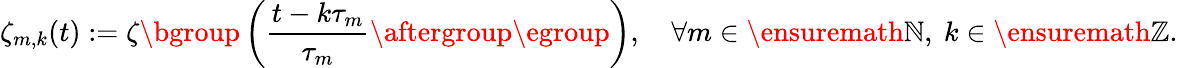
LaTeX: \zeta_{m,k}(t):=\zeta\mathopen{}\mathclose\bgroup\left(\frac{t-k\tau_{m}}{\tau_{m}}\aftergroup\egroup\right),\quad\forall m\in\ensuremath{\mathbb{N}},\ k\in\ensuremath{\mathbb{Z}}.